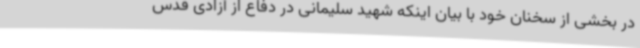
در بخشی از سخنان خود با بیان اینکه شهید سلیمانی در دفاع از آزادی قدس